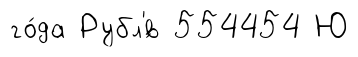
го́да Рубл'́в 554454 Ю